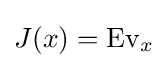
J(x)={\text{Ev}}_{x}